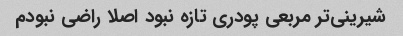
شیرینی‌تر مربعی پودری تازه نبود اصلا راضی نبودم